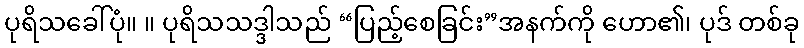
ပုရိသခေါ်ပုံ။ ။ ပုရိသသဒ္ဒါသည် “ပြည့်စေခြင်း”အနက်ကို ဟော၏၊ ပုဒ် တစ်ခု